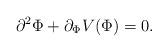
LaTeX: \begin{align*}\partial^2 \Phi + \partial_\Phi V(\Phi) =0.\end{align*}